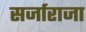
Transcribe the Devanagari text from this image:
सर्जाराजा